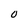
Character: 0